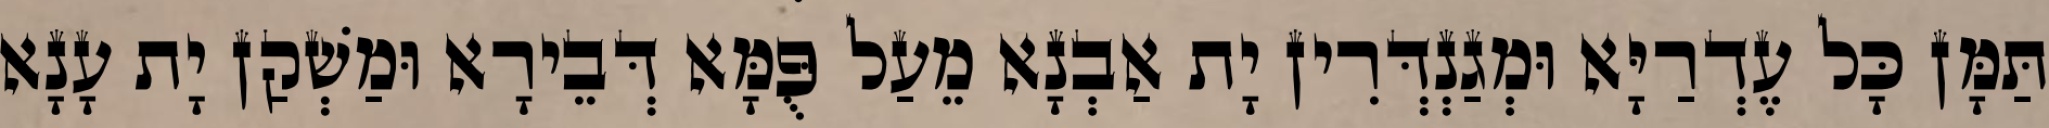
תַּמָּן כָּל עֶדְרַיָּא וּמְגַנְדְּרִין יָת אַבְנָא מֵעַל פֻּמָּא דְּבֵירָא וּמַשְׁקַן יָת עָנָא